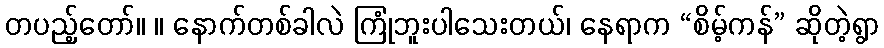
တပည့်တော်။ ။ နောက်တစ်ခါလဲ ကြုံဘူးပါသေးတယ်၊ နေရာက “စိမ့်ကန်” ဆိုတဲ့ရွာ